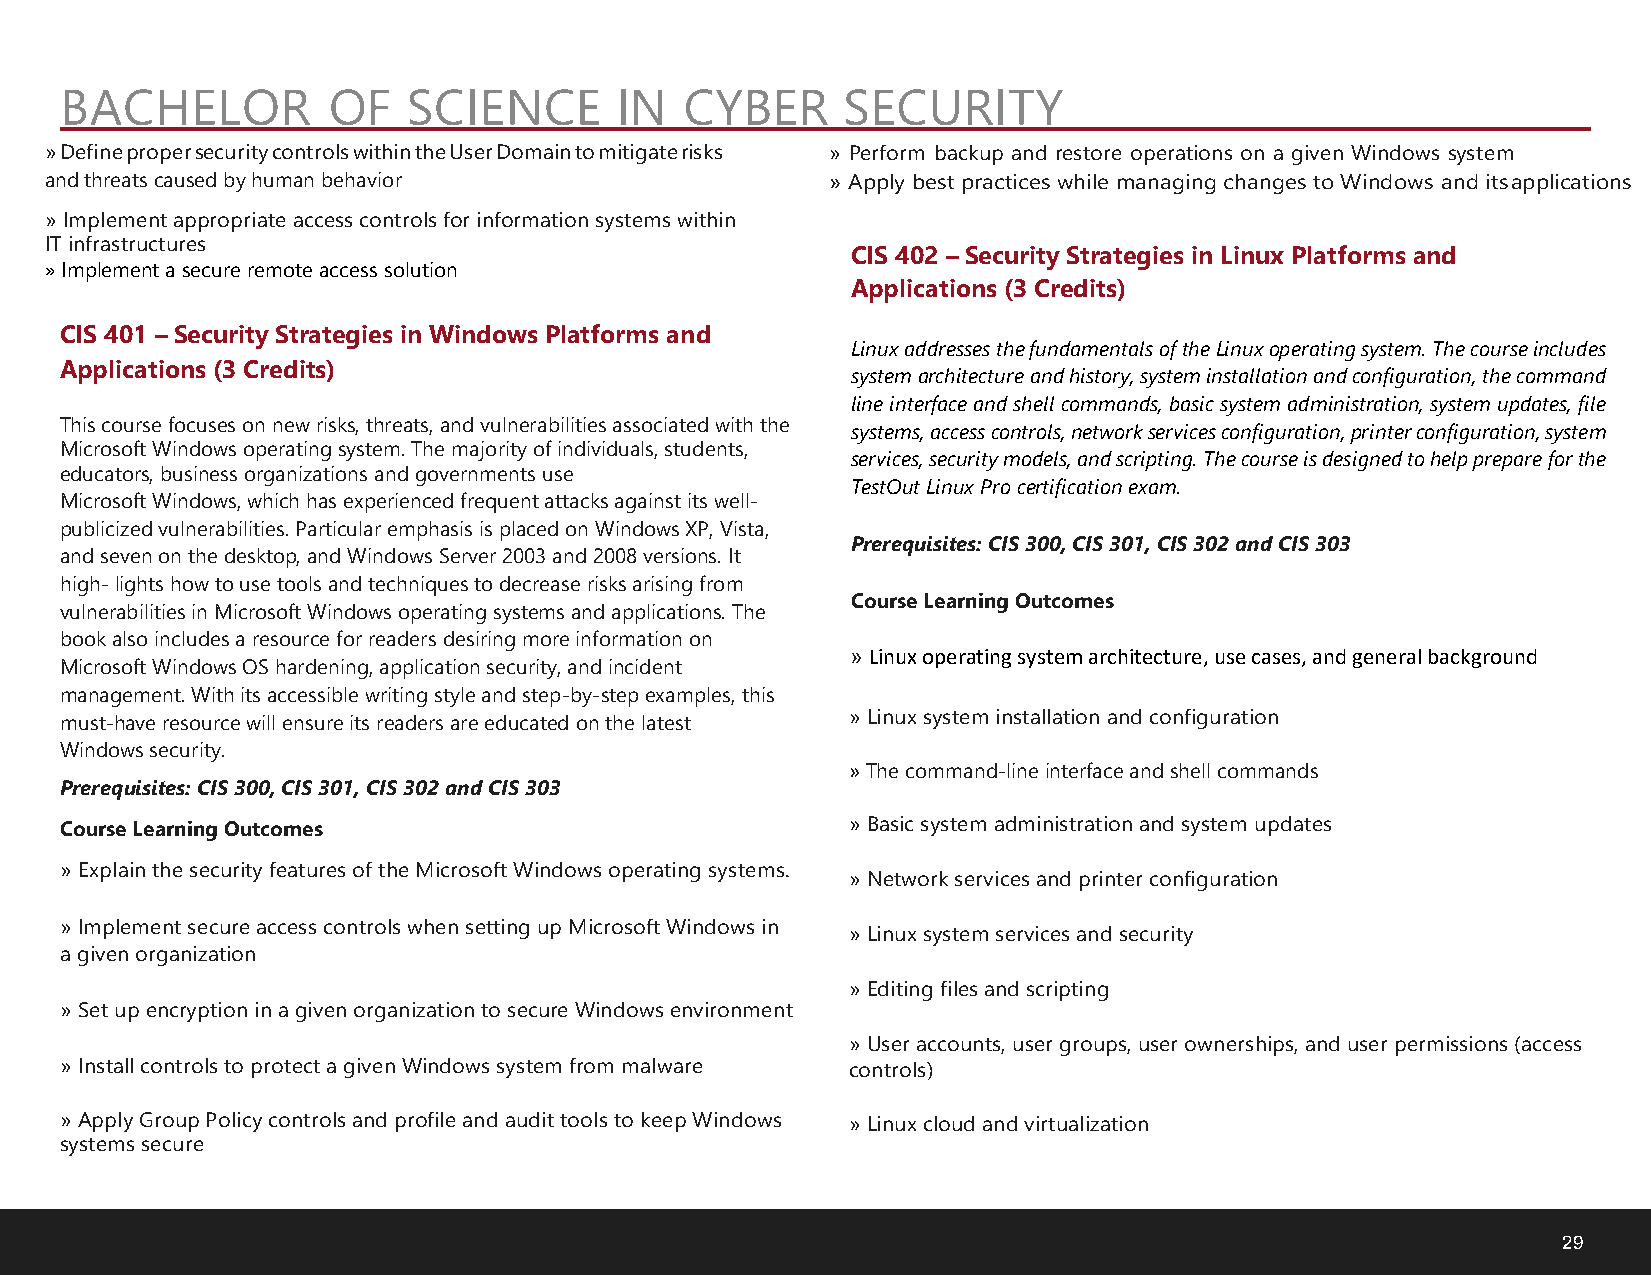
BACHELOR          OF   SCIENCE       IN  CYBER      SECURITY
 » Define proper security controls within the User Domain to mitigate risks » Perform backup and restore operations on a given Windows system
 and threats caused by human behavior                » Apply best practices while managing changes to Windows and its applications
 »Implement appropriate access controls for information systems within
 IT infrastructures
 CIS 402 – Security Strategies in Linux Platforms and
 »Implement a secure remote access solution
 Applications (3 Credits)
 CIS 401 – Security Strategies in Windows Platforms and
 Linux addresses the fundamentals of the Linux operating system. The course includes
 Applications (3 Credits)                            system architecture and history, system installation and configuration, the command
 line interface and shell commands, basic system administration, system updates, file
 This course focuses on new risks, threats, and vulnerabilities associated with the systems, access controls, network services configuration, printer configuration, system
 Microsoft Windows operating system. The majority of individuals, students,
 services, security models, and scripting. The course is designed to help prepare for the
 educators, business organizations and governments use
 TestOut Linux Pro certification exam.
 Microsoft Windows, which has experienced frequent attacks against its well-
 publicized vulnerabilities. Particular emphasis is placed on Windows XP, Vista,
 Prerequisites: CIS 300, CIS 301, CIS 302 and CIS 303
 and seven on the desktop, and Windows Server 2003 and 2008 versions. It
 high- lights how to use tools and techniques to decrease risks arising from
 Course Learning Outcomes
 vulnerabilities in Microsoft Windows operating systems and applications. The
 book also includes a resource for readers desiring more information on
 » Linux operating system architecture, use cases, and general background
 Microsoft Windows OS hardening, application security, and incident
 management. With its accessible writing style and step-by-step examples, this
 must-have resource will ensure its readers are educated on the latest »Linux system installation and configuration
 Windows security.
 »The command-line interface and shell commands
 Prerequisites: CIS 300, CIS 301, CIS 302 and CIS 303
 Course Learning Outcomes                            »Basic system administration and system updates
 »Explain the security features of the Microsoft Windows operating systems.
 »Network services and printer configuration
 »Implement secure access controls when setting up Microsoft Windows in »Linux system services and security
 a given organization
 »Editing files and scripting
 »Set up encryption in a given organization to secure Windows environment
 »User accounts, user groups, user ownerships, and user permissions (access
 »Install controls to protect a given Windows system from malware controls)
 »Apply Group Policy controls and profile and audit tools to keep Windows »Linux cloud and virtualization
 systems secure
 29